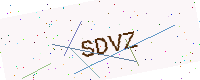
Text: SDVZ